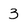
Character: 3